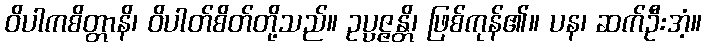
ဝိပါကစိတ္တာနိ၊ ဝိပါတ်စိတ်တို့သည်။ ဥပ္ပဇ္ဇန္တိ၊ ဖြစ်ကုန်၏။ ပန၊ ဆက်ဦးအံ့။